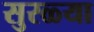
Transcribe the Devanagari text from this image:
सुरळ्या